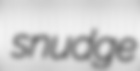
snudge